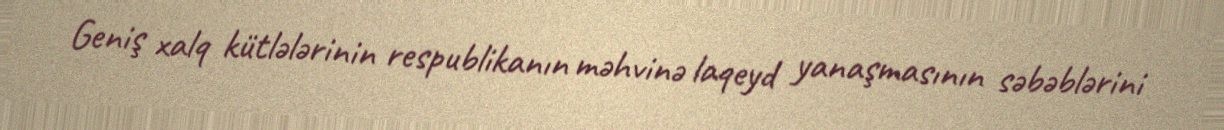
Geniş xalq kütlələrinin respublikanın məhvinə laqeyd yanaşmasının səbəblərini